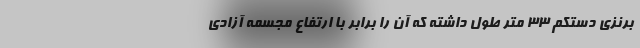
برنزی دستکم ۳۳ متر طول داشته که آن را برابر با ارتفاع مجسمه آزادی